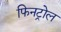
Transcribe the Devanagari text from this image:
फिनट्रोल